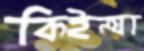
কিইন্যা